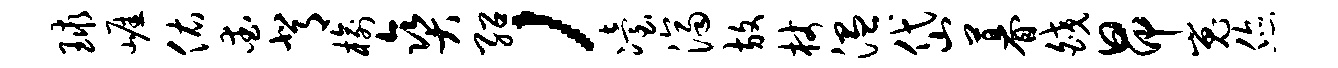
球崖佑爱背榆爽绍，冶济放杖温岱暮皎昂嵬您